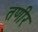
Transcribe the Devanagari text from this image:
तणीर